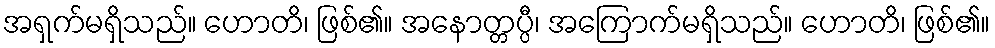
အရှက်မရှိသည်။ ဟောတိ၊ ဖြစ်၏။ အနောတ္တပ္ပီ၊ အကြောက်မရှိသည်။ ဟောတိ၊ ဖြစ်၏။